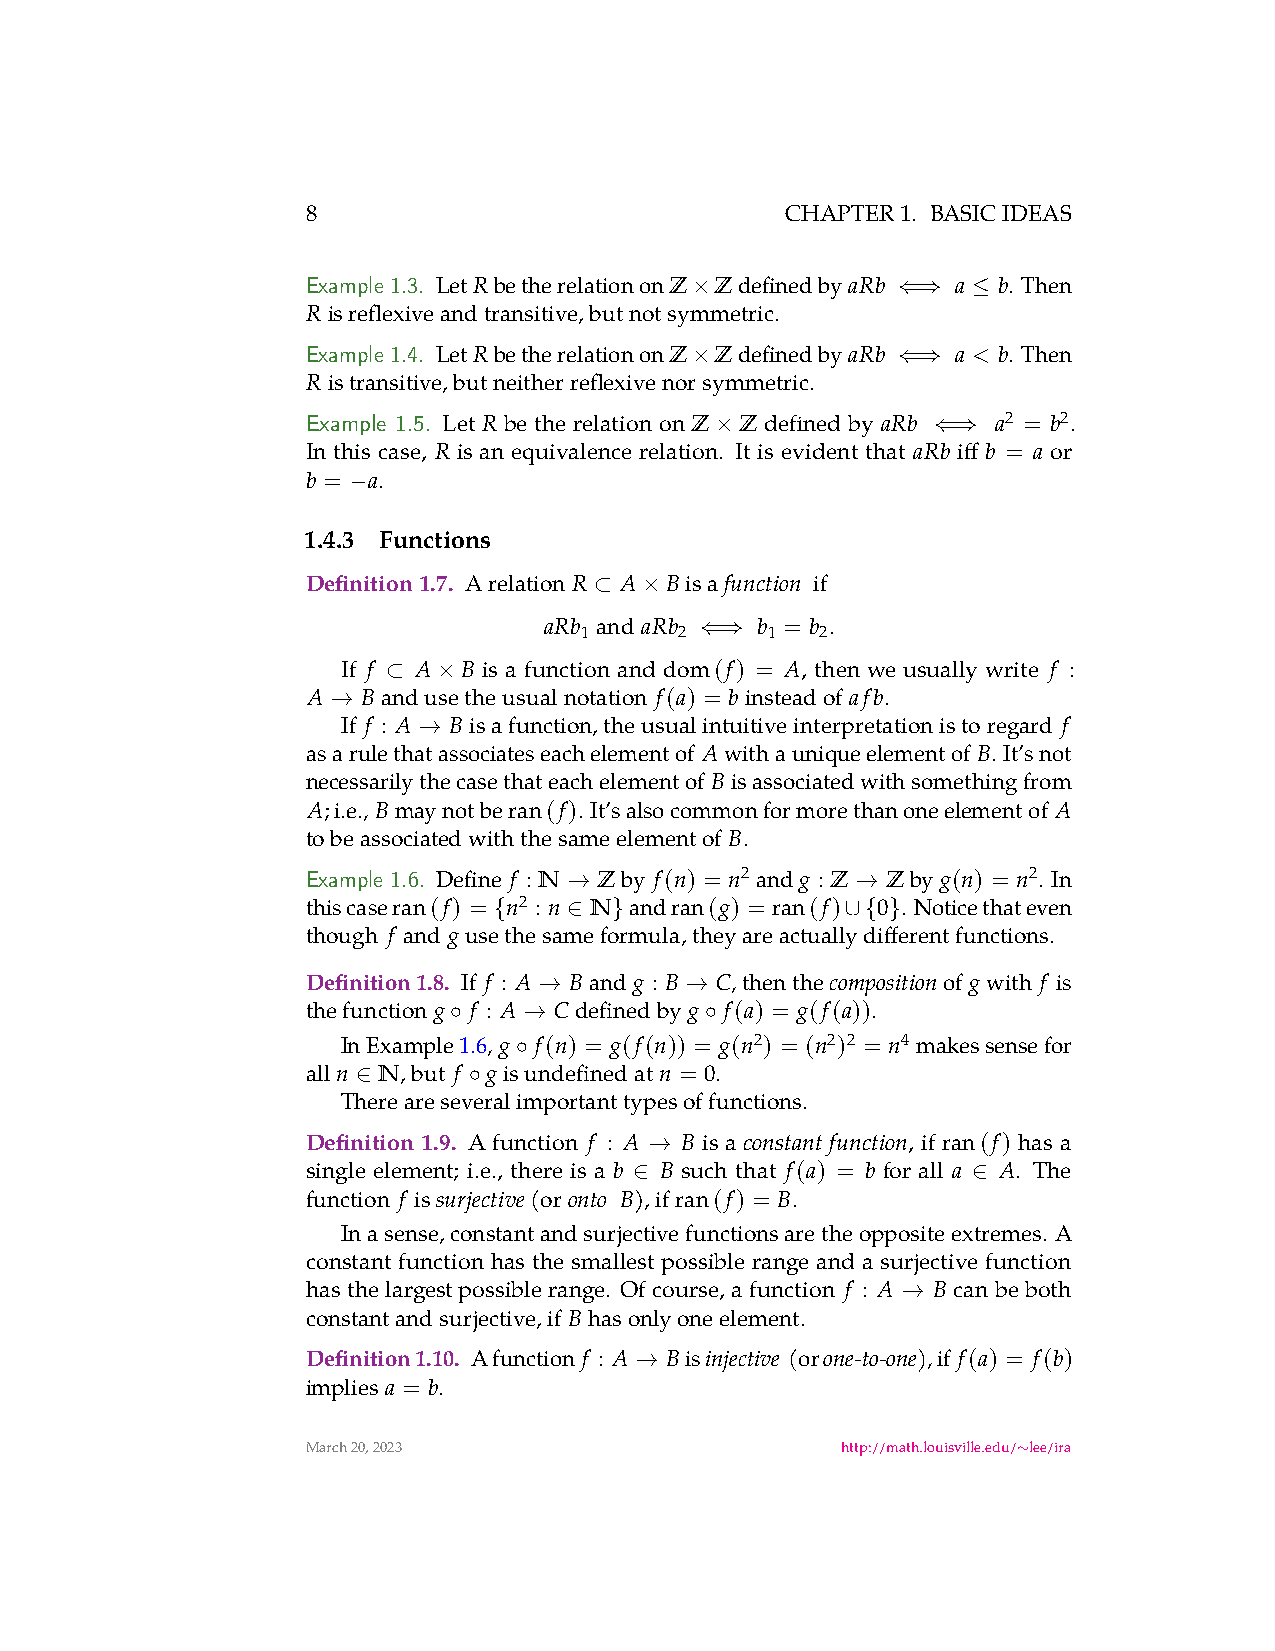
8                               CHAPTER1. BASICIDEAS
 Example 1.3. LetRbetherelationonZ ZdefinedbyaRb a b. Then
 ×            ⇐⇒   ≤
 Risreflexiveandtransitive,butnotsymmetric.
 Example 1.4. LetRbetherelationonZ ZdefinedbyaRb a < b. Then
 ×            ⇐⇒
 Ristransitive,butneitherreflexivenorsymmetric.
 Example 1.5. Let R be the relation on Z Z defined by aRb a2 = b2.
 ×              ⇐⇒
 In this case, R is an equivalence relation. It is evident that aRb iff b = a or
 b = a.
 −
 1.4.3 Functions
 Definition1.7. Arelation R A Bisa function if
 ⊂  ×
 aRb and aRb   b = b .
 1      2     1  2
 ⇐⇒
 If f A  B is a function and dom(f) = A, then we usually write f :
 ⊂  ×
 A   Bandusetheusualnotation f(a) = binsteadof afb.
 →
 If f : A Bisafunction,theusualintuitiveinterpretationistoregard f
 →
 asarulethatassociateseachelementof Awithauniqueelementof B. It’snot
 necessarilythecasethateachelementof Bisassociatedwithsomethingfrom
 A;i.e.,Bmaynotbe ran(f). It’salsocommonformorethanoneelementof A
 tobeassociatedwiththesameelementof B.
 Example 1.6. Define f : N Zby f(n) = n2 andg : Z Zbyg(n) = n2. In
 →                  →
 thiscase ran(f) = n2 : n N and ran(g) = ran(f) 0 . Noticethateven
 {    ∈  }              ∪{ }
 though f and gusethesameformula,theyareactuallydifferentfunctions.
 Definition1.8. If f : A Band g : B C,thenthe compositionof gwith f is
 →        →
 thefunction g f : A Cdefinedby g f(a) = g(f(a)).
 ◦    →           ◦
 InExample1.6, g f(n) = g(f(n)) = g(n2) = (n2)2 = n4 makessensefor
 ◦
 alln N,but f gisundefinedatn = 0.
 ∈      ◦
 Thereareseveralimportanttypesoffunctions.
 Definition 1.9. A function f : A B is a constant function, if ran(f) has a
 →
 single element; i.e., there is a b B such that f(a) = b for all a A. The
 ∈                     ∈
 function f is surjective(or onto B),if ran(f) = B.
 Inasense,constantandsurjectivefunctionsaretheoppositeextremes. A
 constant function has the smallest possible range and a surjective function
 hasthelargestpossiblerange. Ofcourse,afunction f : A B canbeboth
 →
 constantandsurjective,if Bhasonlyoneelement.
 Definition1.10. Afunction f : A Bis injective (or one-to-one),if f(a) = f(b)
 →
 implies a = b.
 March20,2023                        http://math.louisville.edu/ lee/ira
 ∼